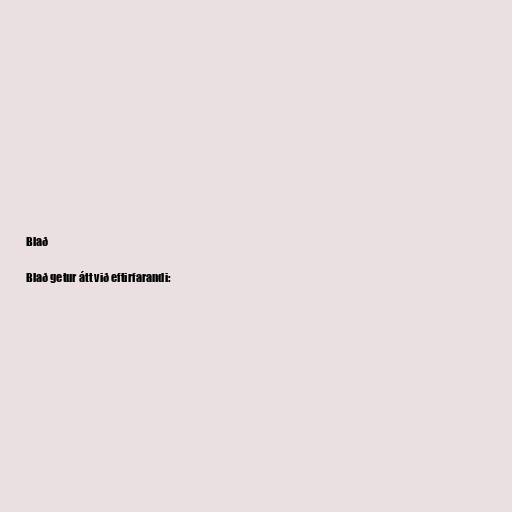
Blað

Blað getur átt við eftirfarandi: